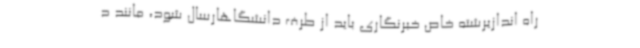
راه اندازیرشته خاص خبرنگاری باید از طرف دانشگاهارسال شود، مانند د